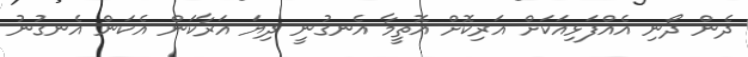
ދެން ދޯނި އެއްފަޅިއަކަށް އަރިކޮށް އޮތީމާ އެނގުނީ ދިޔަ އަރާކަން އެކަން އެނގުނު